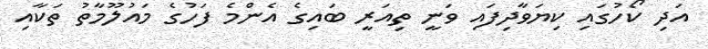
އަދި ކޯހުގައި ކިޔަވާދިފައި ވަނީ ތިއަރީ ބައިގެ އެންމެ ފަހުގެ މައުލޫމާތު ތަކާއި